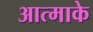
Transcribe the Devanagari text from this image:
आत्माके